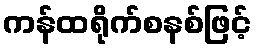
ကန်ထရိုက်စနစ်ဖြင့်